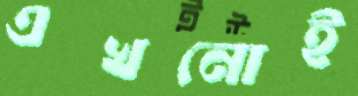
এখনোই